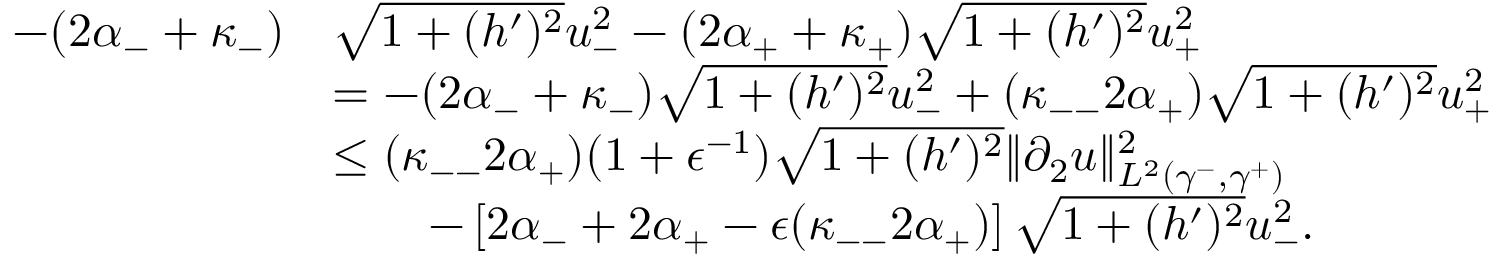
\begin{array} { r l } { - ( 2 \alpha _ { - } + \kappa _ { - } ) } & { \sqrt { 1 + ( h ^ { \prime } ) ^ { 2 } } u _ { - } ^ { 2 } - ( 2 \alpha _ { + } + \kappa _ { + } ) \sqrt { 1 + ( h ^ { \prime } ) ^ { 2 } } u _ { + } ^ { 2 } } \\ & { = - ( 2 \alpha _ { - } + \kappa _ { - } ) \sqrt { 1 + ( h ^ { \prime } ) ^ { 2 } } u _ { - } ^ { 2 } + ( \kappa _ { -- } 2 \alpha _ { + } ) \sqrt { 1 + ( h ^ { \prime } ) ^ { 2 } } u _ { + } ^ { 2 } } \\ & { \leq ( \kappa _ { -- } 2 \alpha _ { + } ) ( 1 + \epsilon ^ { - 1 } ) \sqrt { 1 + ( h ^ { \prime } ) ^ { 2 } } \| \partial _ { 2 } u \| _ { L ^ { 2 } ( \gamma ^ { - } , \gamma ^ { + } ) } ^ { 2 } } \\ & { \qquad - \left[ 2 \alpha _ { - } + 2 \alpha _ { + } - \epsilon ( \kappa _ { -- } 2 \alpha _ { + } ) \right] \sqrt { 1 + ( h ^ { \prime } ) ^ { 2 } } u _ { - } ^ { 2 } . } \end{array}